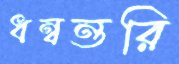
ধন্বন্তরি